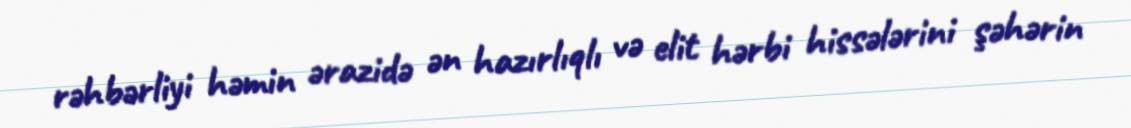
rəhbərliyi həmin ərazidə ən hazırlıqlı və elit hərbi hissələrini şəhərin